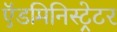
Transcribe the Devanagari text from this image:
ऍडमिनिस्ट्रेटर